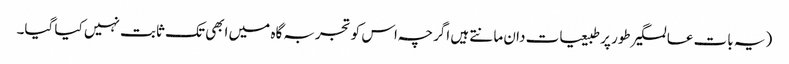
(یہ بات عالمگیر طور پر طبیعیات دان مانتے ہیں اگرچہ اس کو تجربہ گاہ میں ابھی تک ثابت نہیں کیا گیا۔